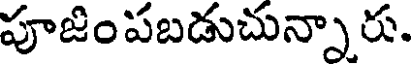
పూజింపబడుచున్నారు.